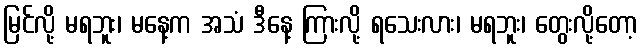
မြင်လို့ မရဘူး၊ မနေ့က အသံ ဒီနေ့ ကြားလို့ ရသေးလား၊ မရဘူး၊ တွေးလို့တော့